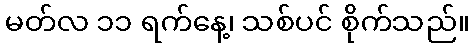
မတ်လ ၁၁ ရက်နေ့၊ သစ်ပင် စိုက်သည်။